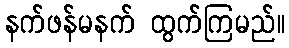
နက်ဖန်မနက် ထွက်ကြမည်။